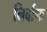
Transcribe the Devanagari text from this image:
निर्वाणः